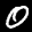
Label: 0